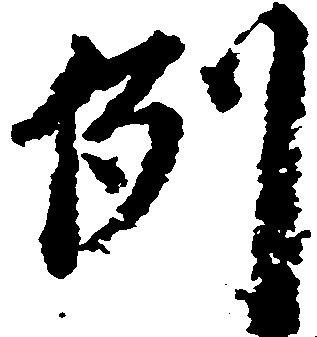
例